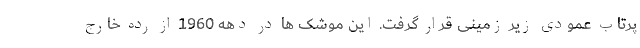
پرتاب عمودی زیر زمینی قرار گرفت. این موشک ها در دهه 1960 از رده خارج